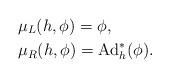
LaTeX: \begin{align*}&\mu_L(h,\phi)=\phi ,\\&\mu_R(h,\phi)=\mathrm{Ad}^*_h(\phi).\end{align*}